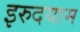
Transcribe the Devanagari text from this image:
इरुदयाम